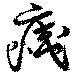
痍